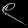
Digit: ၉